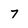
Character: 7